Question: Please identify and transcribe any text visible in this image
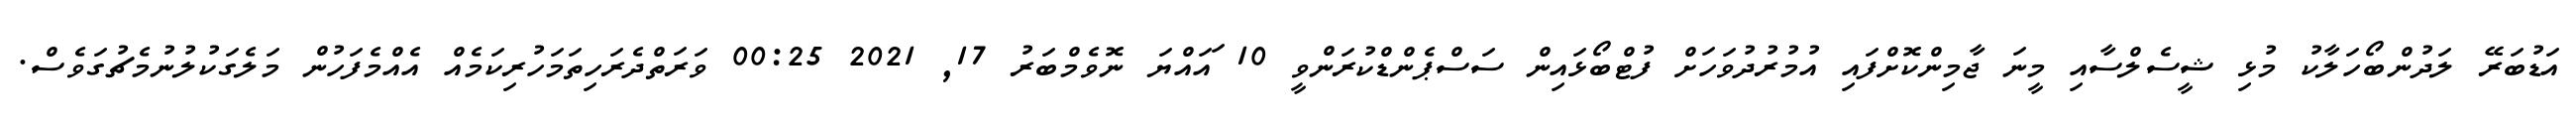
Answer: އަޑުބަރޭ ލަދުންބޯހަލާކު މުޅި ޝީސެލްސާއި މީނަ ޖާމިންކޮށްފައި އުމުރުދުވަހަށް ފުޓްބޯޅައިން ސަސްޕެންޑްކުރަންވީ 10 ައައްޔަ ނޮވެމްބަރު 17, 2021 00:25 ވަރަތްދެރަހިތަމަހުރިކަމެއް އެއްމެފަހުން މަލެގަކުލުނުމެޗުގަވެސް.